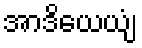
အာဒိယေယျံ